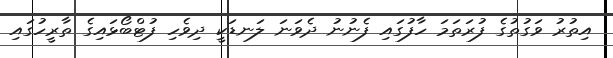
އިތުރު ވަގުތުގެ ފުރަތަމަ ހާފުގައި ފެނުނު ދެވަނަ ލަނޑަކީ ދިވެހި ފުޓްބޯޅައިގެ ތާރީހުގައި